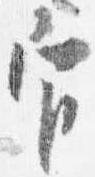
官